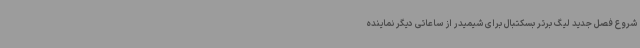
شروع فصل جدید لیگ برتر بسکتبال برای شیمیدر از ساعاتی دیگر نماینده